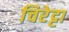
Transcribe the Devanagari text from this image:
चिरेट्टा